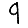
Digit: 9